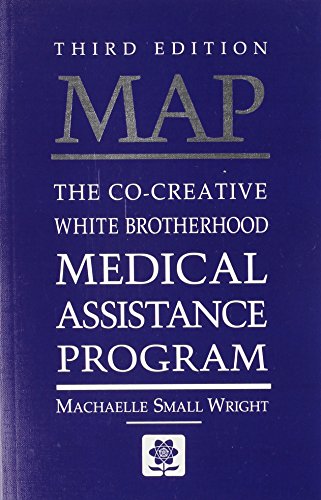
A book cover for MAP: The Co-Creative White Brotherhood Medical Assistance Program; Machaelle Small Wright; Medical Books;